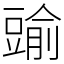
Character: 䜽